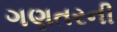
ગણતરની